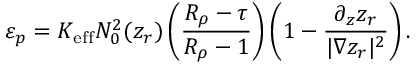
\varepsilon _ { p } = K _ { \mathrm { e f f } } N _ { 0 } ^ { 2 } ( z _ { r } ) \left( \frac { R _ { \rho } - \tau } { R _ { \rho } - 1 } \right) \left( 1 - \frac { \partial _ { z } z _ { r } } { | \nabla z _ { r } | ^ { 2 } } \right) .